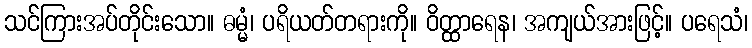
သင်ကြားအပ်တိုင်းသော။ ဓမ္မံ၊ ပရိယတ်တရားကို။ ဝိတ္ထာရေန၊ အကျယ်အားဖြင့်။ ပရေသံ၊